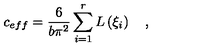
c _ { e f f } = \frac { 6 } { b \pi ^ { 2 } } \sum _ { i = 1 } ^ { r } L \left( \xi _ { i } \right) \quad ,